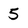
Character: 5